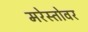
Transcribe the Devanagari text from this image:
मरेस्तोवर